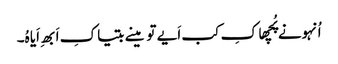
اُنہونے پُچھا کِ کب اَیے تو مینے بتیا کِ اَبھِ اَیا ہُ۔